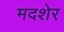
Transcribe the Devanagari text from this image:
मदशेर